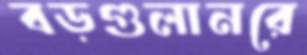
বড়গুলানরে